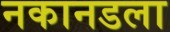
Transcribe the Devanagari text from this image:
नकानडला